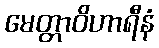
မေတ္တာဝိဟာရီနံ